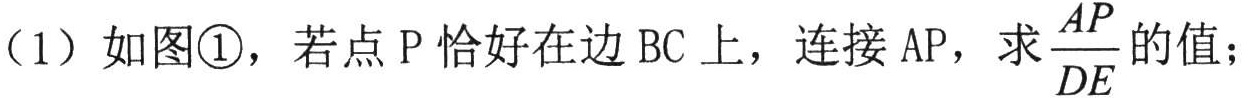
（1）如图\textcircled{1}，若点\(P\)恰好在边\(BC\)上，连接\(AP\)，求\(\frac{AP}{DE}\)的值；